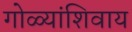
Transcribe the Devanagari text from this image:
गोळ्यांशिवाय